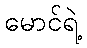
မောင်ရဲ့